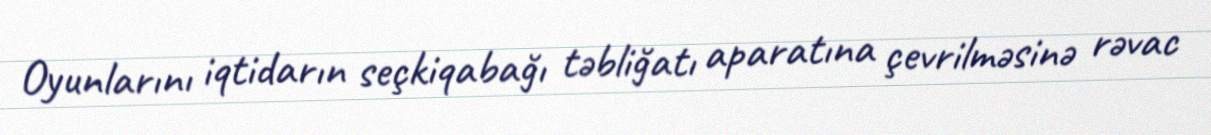
Oyunlarını iqtidarın seçkiqabağı təbliğatı aparatına çevrilməsinə rəvac